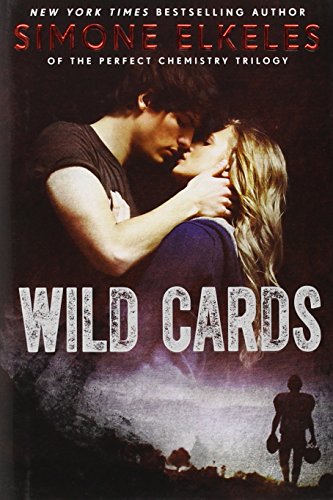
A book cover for Wild Cards; Simone Elkeles; Teen & Young Adult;